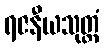
ရဇနီယသုတ္တံ